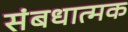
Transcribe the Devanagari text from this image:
संबधात्मक